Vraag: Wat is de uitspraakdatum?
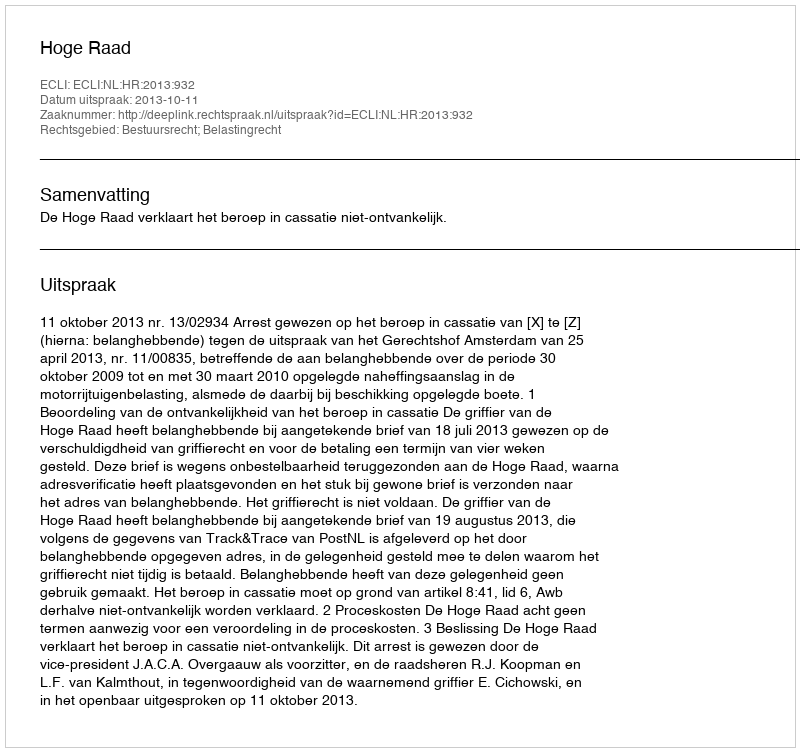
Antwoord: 2013-10-11